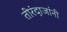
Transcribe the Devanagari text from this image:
तीरंदाजांनी